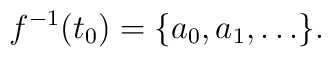
f^{-1}(t_0) = \{ a_0, a_1, \dots \}.